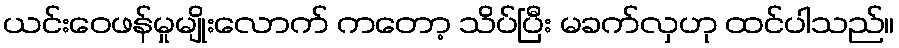
ယင်းဝေဖန်မှုမျိုးလောက် ကတော့ သိပ်ပြီး မခက်လှဟု ထင်ပါသည်။